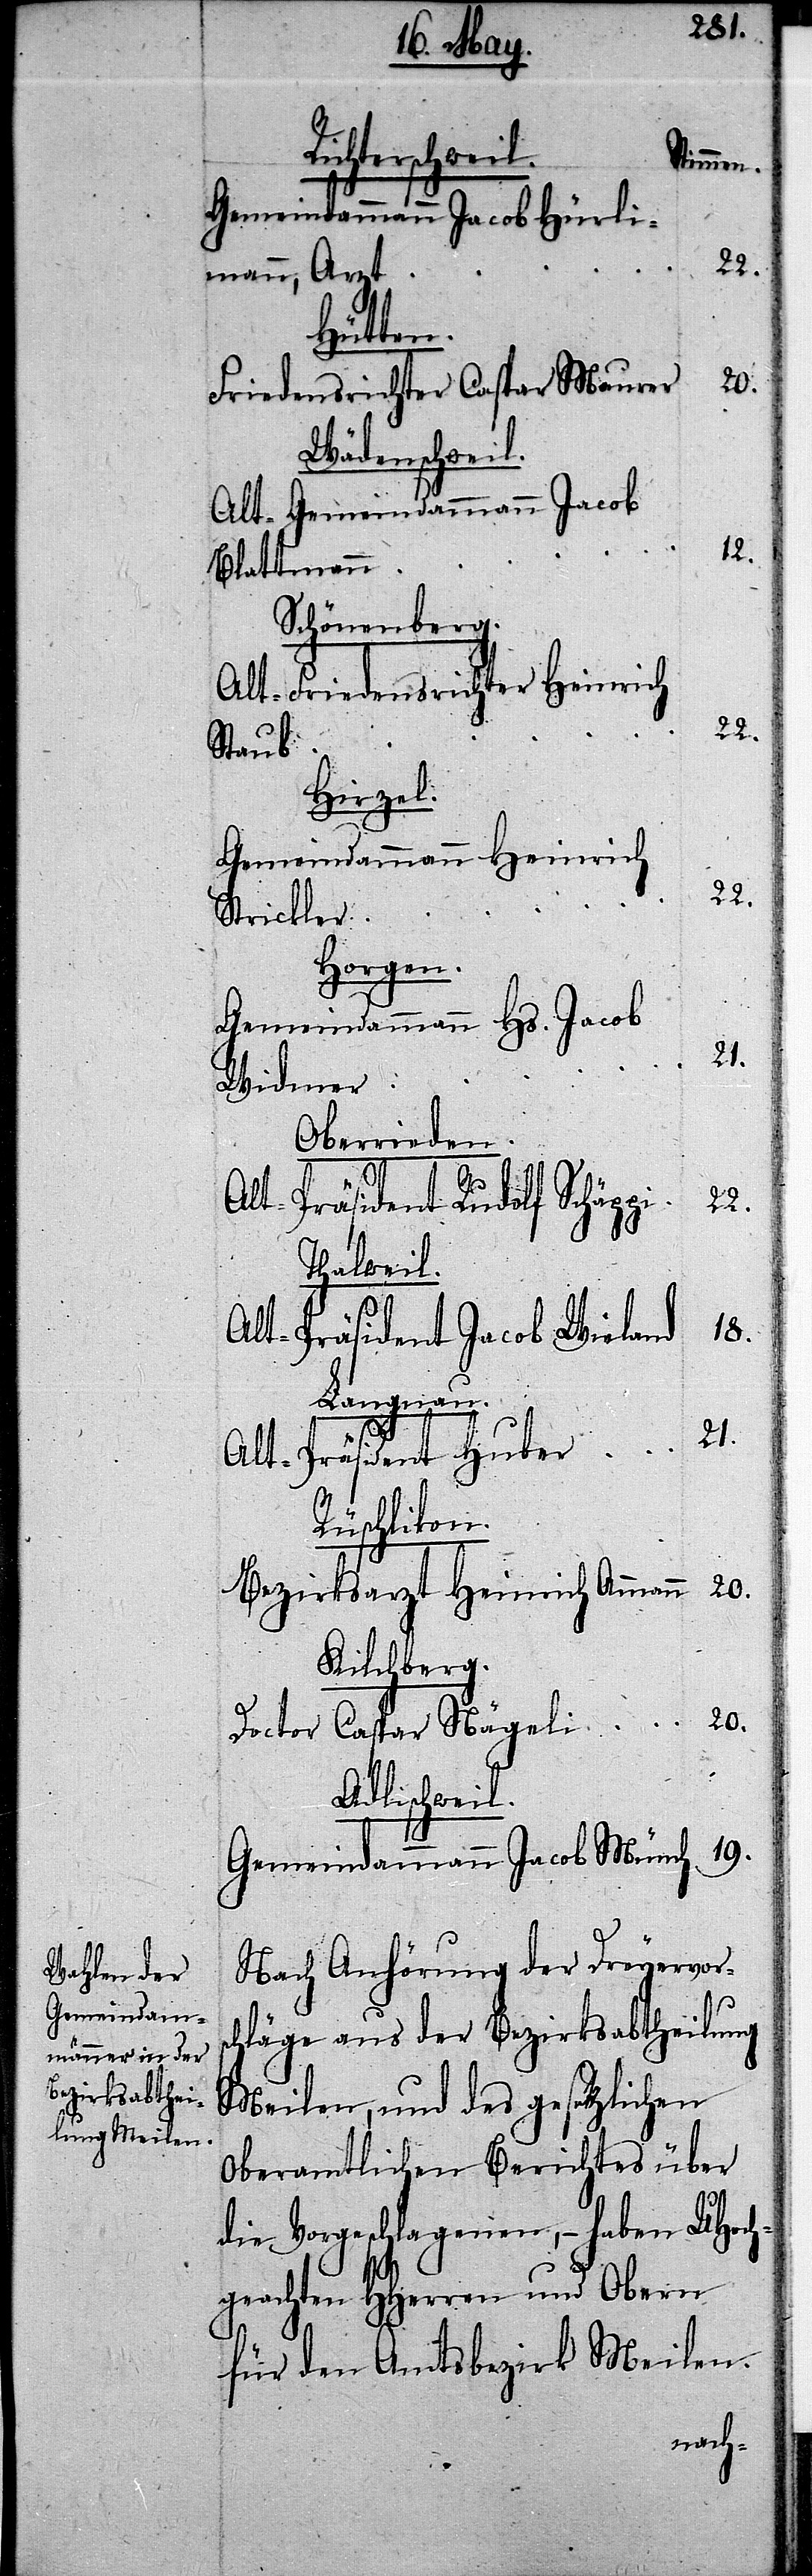
Adlischweil.
Stimmen.
Gemeindammann Jacob Hürli¬
mann, Arzt
Hütten.
20.
Friedensrichter Caspar Maurer
Wädenschweil.
Alt-Gemeindammann Jacob
12.
Blattmann
Schönenberg.
Alt-Friedensrichter Heinrich
Staub
Hirzel.
Gemeindammann Heinrich
Strickler
Horgen.
Gemeindammann Hs. Jacob
21.
Widmer
Oberrieden.
R¬
22.
Alt-Präsident Huber
Thalweil.
19.
Alt-Präsident Jacob Wieland
Langnau.
Rüschlikon.
Bezirksarzt Heinrich Ammann
Kilchberg.
Doctor Caspar Nägeli
Gemeindammann Jacob Münch
Nach Anhörung der Dreyervors¬
chläge aus der Bezirksabtheilung
Meilen, und des gesezlichen
oberamtlichen Berichtes über
die Vorgeschlagenen, – haben UHoch¬
geachten HHerren und Obern
für den Amtsbezirk Meilen